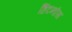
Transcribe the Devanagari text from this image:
हिंटनौस